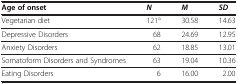
<table><thead><tr><td><b>Age of onset</b></td><td><b><i>N</i></b></td><td><b><i>M</i></b></td><td><b><i>SD</i></b></td></tr></thead><tbody><tr><td>Vegetarian diet</td><td>121<sup>a</sup></td><td>30.58</td><td>14.63</td></tr><tr><td>Depressive Disorders</td><td>68</td><td>24.69</td><td>12.95</td></tr><tr><td>Anxiety Disorders</td><td>62</td><td>18.85</td><td>13.01</td></tr><tr><td>Somatoform Disorders and Syndromes</td><td>63</td><td>19.04</td><td>10.36</td></tr><tr><td>Eating Disorders</td><td>6</td><td>16.00</td><td>2.00</td></tr></tbody></table>